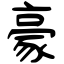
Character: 豪